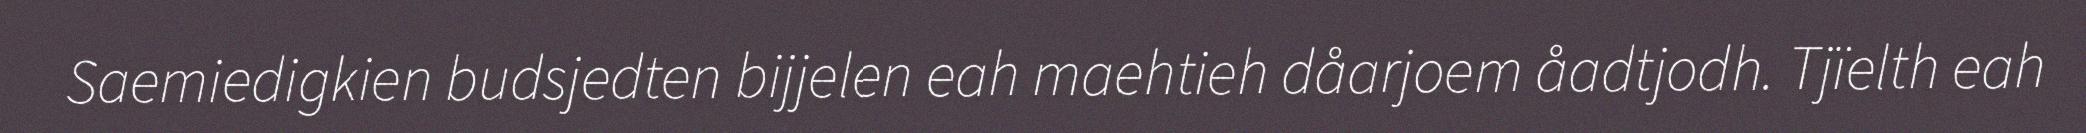
Saemiedigkien budsjedten bijjelen eah maehtieh dåarjoem åadtjodh. Tjïelth eah